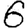
Digit: 6